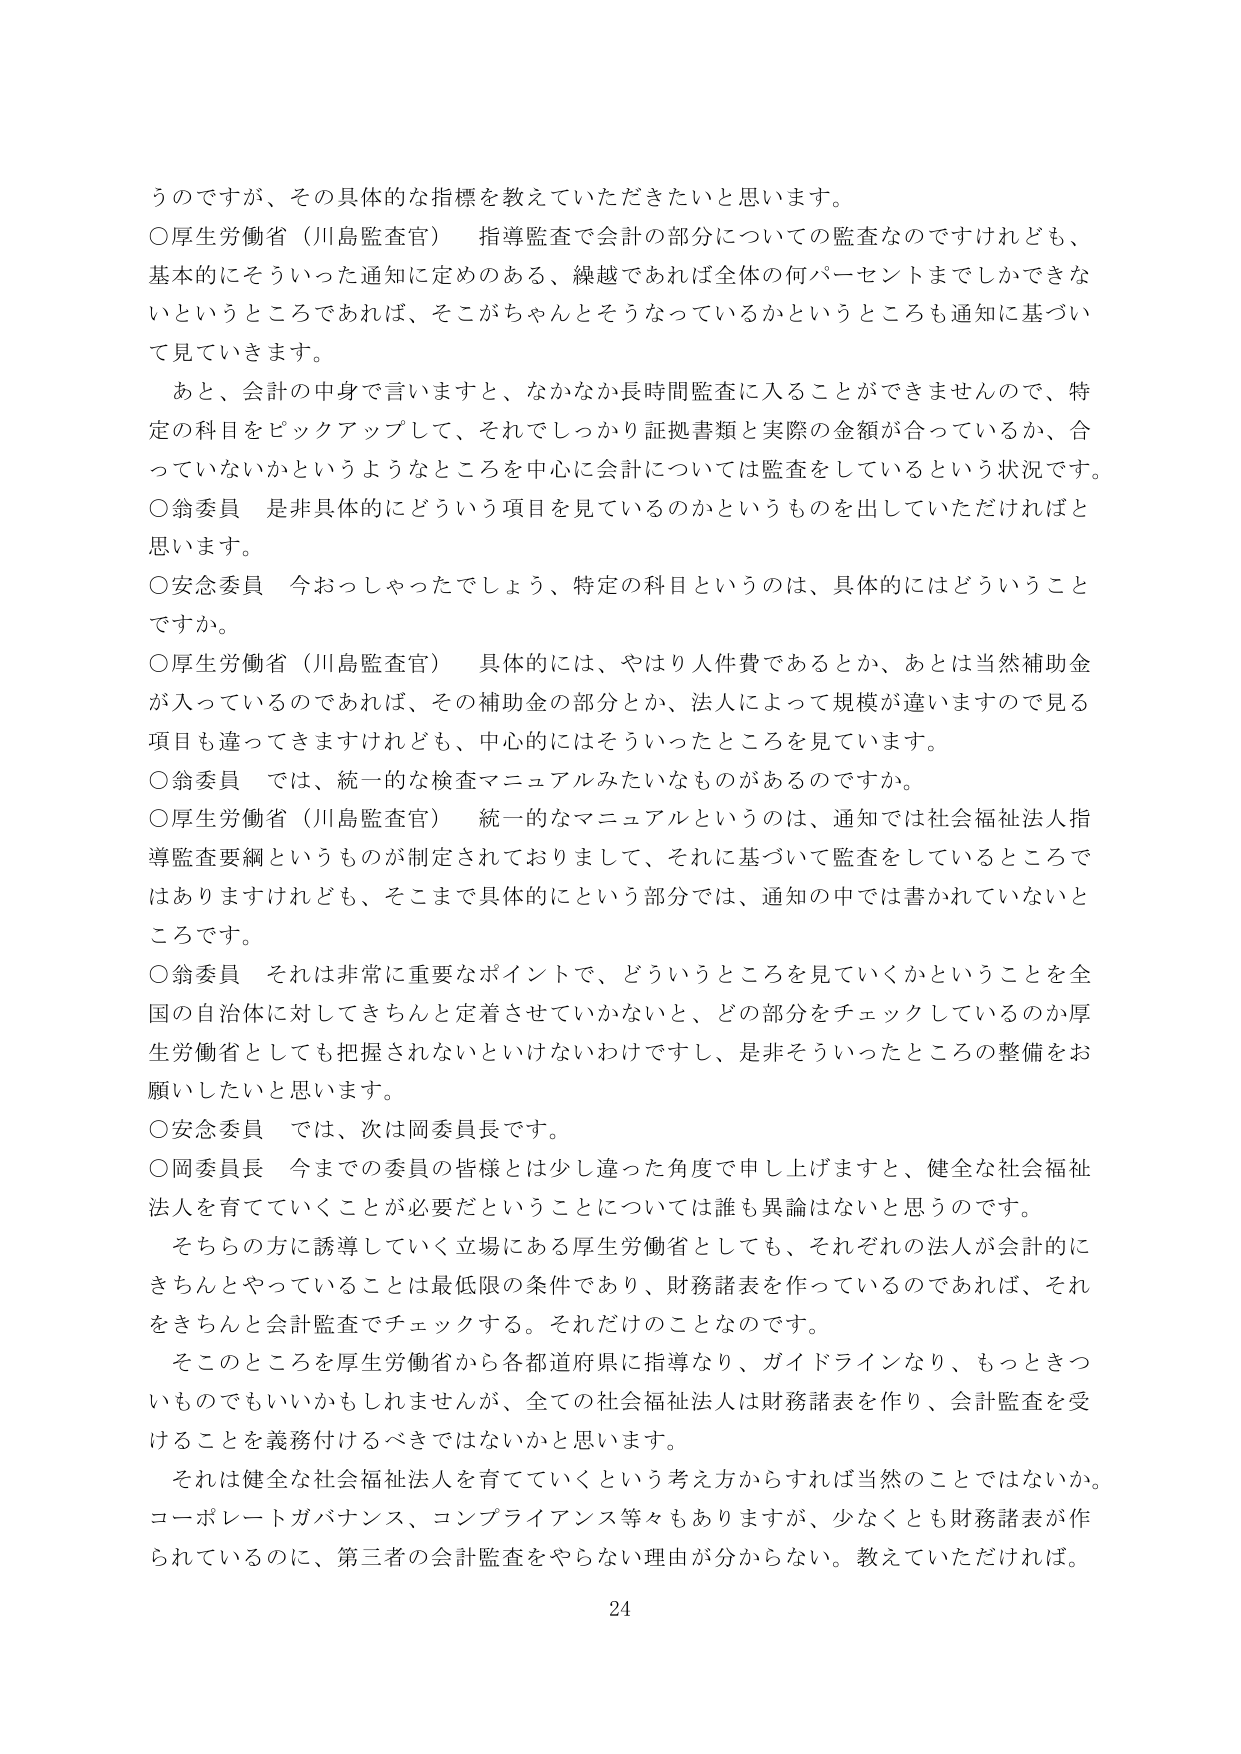
うのですが、その具体的な指標を教えていただきたいと思います。
○厚生労働省（川島監査官） 指導監査で会計の部分についての監査なのですがけれども、
基本的にそういった通知に定めのある、繰越であれば全体の何パーセントまでしかできな
いというところであれば、そこがちゃんとそうなっているかというところも通知に基づい
て見ていきます。
　あと、会計の中身で言いますと、なかなか長時間監査に入ることができませんので、特
定の科目をピックアップして、それでしっかり証拠書類と実際の金額が合っているか、合
っていないかというようなところを中心に会計については監査をしているという状況です。
○翁委員 是非具体的にどういう項目を見ているのかというものを出していただければと
思います。
○安念委員 今おっしゃったでしょう、特定の科目というのは、具体的にはどういうこと
ですか。
○厚生労働省（川島監査官） 具体的には、やはり人件費であるとか、あとは当然補助金
が入っているのであれば、その補助金の部分とか、法人によって規模が違いますので見る
項目も違ってきますけれども、中心的にはそういったところを見ています。
○翁委員 では、統一的な検査マニュアルみたいなものがあるのですか。
○厚生労働省（川島監査官） 統一的なマニュアルというのは、通知では社会福祉法人指
導監査要綱というものが制定されておりまして、それに基づいて監査をしているところで
はありますけれども、そこまで具体的にという部分では、通知の中では書かれていないと
ころです。
○翁委員 それは非常に重要なポイントで、どういうところを見ていくかということを全
国の自治体に対してきちんと定着させていかないと、どの部分をチェックしているのか厚
生労働省としても把握されないといけないわけですし、是非そういったところの整備をお
願いしたいと思います。
○安念委員 では、次は岡委員長です。
○岡委員長 今までの委員の皆様とは少し違った角度で申し上げますと、健全な社会福祉
法人を育てていくことが必要だということについては誰も異論はないと思うのです。
　そちらの方に誘導していく立場にある厚生労働省としても、それぞれの法人が会計的に
きちんとやっていることは最低限の条件であり、財務諸表を作っているのであれば、それ
をきちんと会計監査でチェックする。それだけのことなのです。
　そこのところを厚生労働省から各都道府県に指導なり、ガイドラインなり、もっときつ
いものでもいいかもしれませんが、全ての社会福祉法人は財務諸表を作り、会計監査を受
けることを義務付けるべきではないかと思います。
　それは健全な社会福祉法人を育てていくという考え方からすれば当然のことではないか。
コーポレートガバナンス、コンプライアンス等々もありますが、少なくとも財務諸表が作
られているのに、第三者の会計監査をやらない理由が分からない。教えていただければ。
24